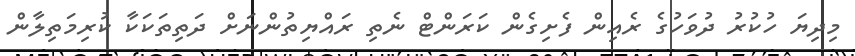
މިދިޔަ ހުކުރު ދުވަހުގެ ރެއިން ފެށިގެން ކަރަންޓް ނެތި ރައްޔިތުންނަށް ދަތިތަކަކާ ކުރިމަތިލާން